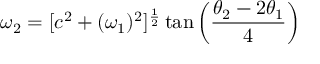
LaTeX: \omega _ { 2 } = [ c ^ { 2 } + ( \omega _ { 1 } ) ^ { 2 } ] ^ { \frac { 1 } { 2 } } \tan \left( { \frac { \theta _ { 2 } - 2 \theta _ { 1 } } { 4 } } \right)